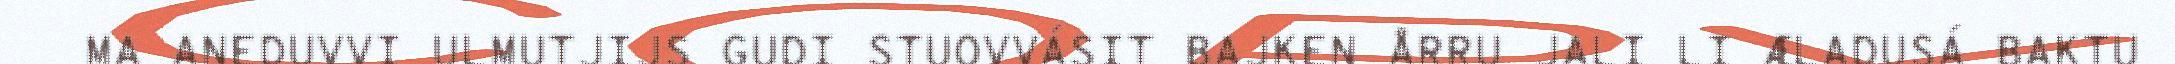
MA ANEDUVVI ULMUTJIJS GUDI STUOVVÁSIT BAJKEN ÅRRU JALI LI ÆLADUSÁ BAKTU